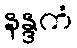
နန္ဒကံ